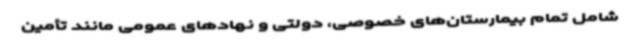
شامل تمام بیمارستان‌های خصوصی، دولتی و نهادهای عمومی مانند تأمین